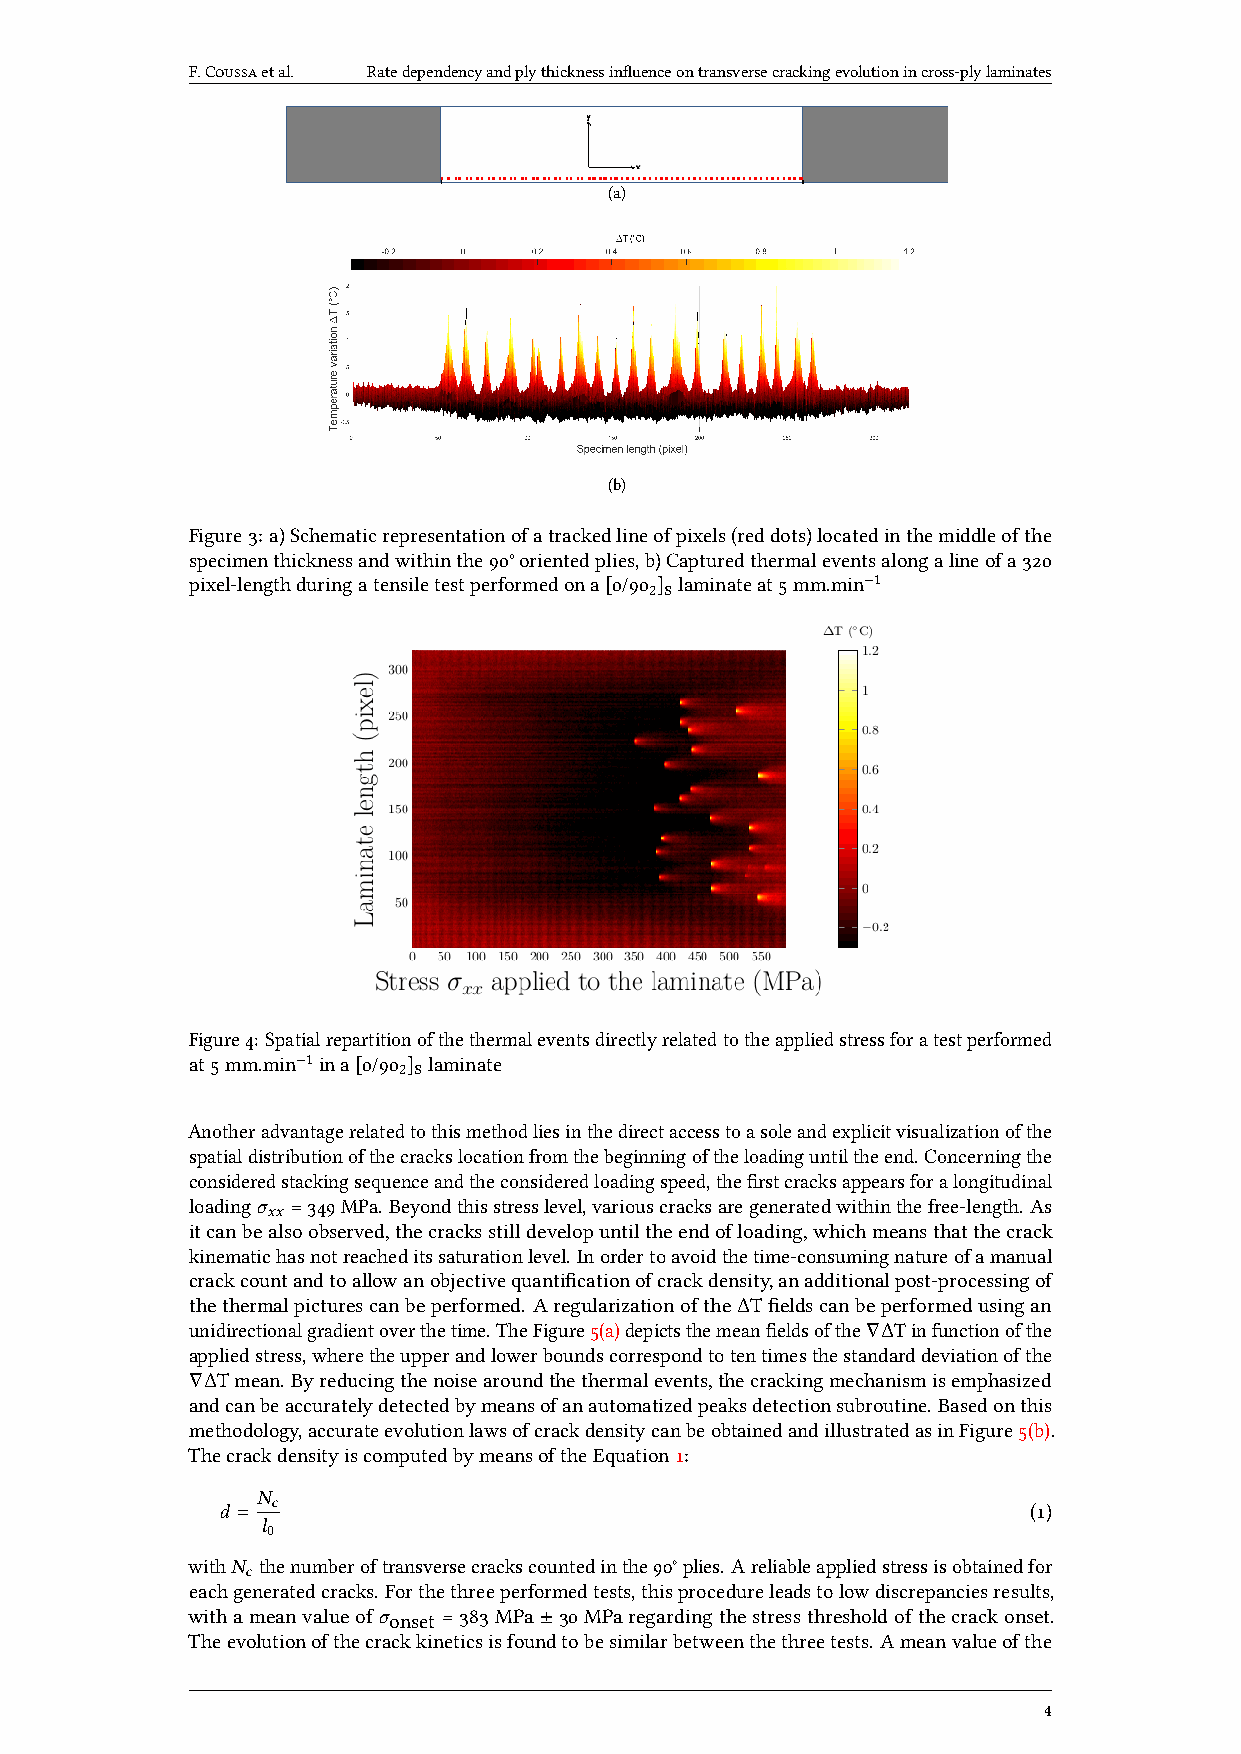
F.Coussaetal. Ratedependencyandplythicknessinfluenceontransversecrackingevolutionincross-plylaminates
 (a)
 (b)
 Figure3:a)Schematicrepresentationofatrackedlineofpixels(reddots)locatedinthemiddleofthe
 specimenthicknessandwithinthe90°orientedplies,b)Capturedthermaleventsalongalineofa320
 pixel-lengthduringatensiletestperformedona[0/90 2]slaminateat5mm.min−1
 Figure4:Spatialrepartitionofthethermaleventsdirectlyrelatedtotheappliedstressforatestperformed
 at5mm.min−1ina[0/90 2]slaminate
 Anotheradvantagerelatedtothismethodliesinthedirectaccesstoasoleandexplicitvisualizationofthe
 spatialdistributionofthecrackslocationfromthebeginningoftheloadinguntiltheend.Concerningthe
 consideredstackingsequenceandtheconsideredloadingspeed,thefirstcracksappearsforalongitudinal
 loading𝜎 =349MPa.Beyondthisstresslevel,variouscracksaregeneratedwithinthefree-length.As
 𝑥𝑥
 itcanbealsoobserved,thecracksstilldevelopuntiltheendofloading,whichmeansthatthecrack
 kinematichasnotreacheditssaturationlevel.Inordertoavoidthetime-consumingnatureofamanual
 crackcountandtoallowanobjectivequantificationofcrackdensity,anadditionalpost-processingof
 thethermalpicturescanbeperformed. AregularizationoftheΔTfieldscanbeperformedusingan
 unidirectionalgradientoverthetime.TheFigure5(a)depictsthemeanfieldsofthe∇ΔTinfunctionofthe
 appliedstress,wheretheupperandlowerboundscorrespondtotentimesthestandarddeviationofthe
 ∇ΔTmean.Byreducingthenoisearoundthethermalevents,thecrackingmechanismisemphasized
 andcanbeaccuratelydetectedbymeansofanautomatizedpeaksdetectionsubroutine.Basedonthis
 methodology,accurateevolutionlawsofcrackdensitycanbeobtainedandillustratedasinFigure5(b).
 ThecrackdensityiscomputedbymeansoftheEquation1:
 𝑁
 𝑑 = 𝑐                                                (1)
 𝑙
 0
 with𝑁 thenumberoftransversecrackscountedinthe90°plies.Areliableappliedstressisobtainedfor
 𝑐
 eachgeneratedcracks.Forthethreeperformedtests,thisprocedureleadstolowdiscrepanciesresults,
 withameanvalueof𝜎onset =383MPa±30MParegardingthestressthresholdofthecrackonset.
 Theevolutionofthecrackkineticsisfoundtobesimilarbetweenthethreetests.Ameanvalueofthe
 4